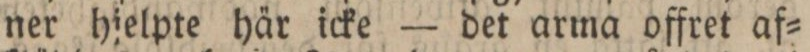
ner hjelpte här icke — det arma offret af=